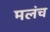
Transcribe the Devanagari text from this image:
मलंच